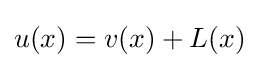
u(x)=v(x)+L(x)